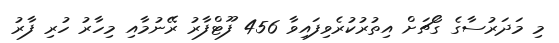
މި މަދަރުސާގެ ގޯޗަށް އިތުރުކުރެވިފައިވާ 456 ފޫޓްފާރު ރޭނުމާއި މިހާރު ހުރި ފާރު